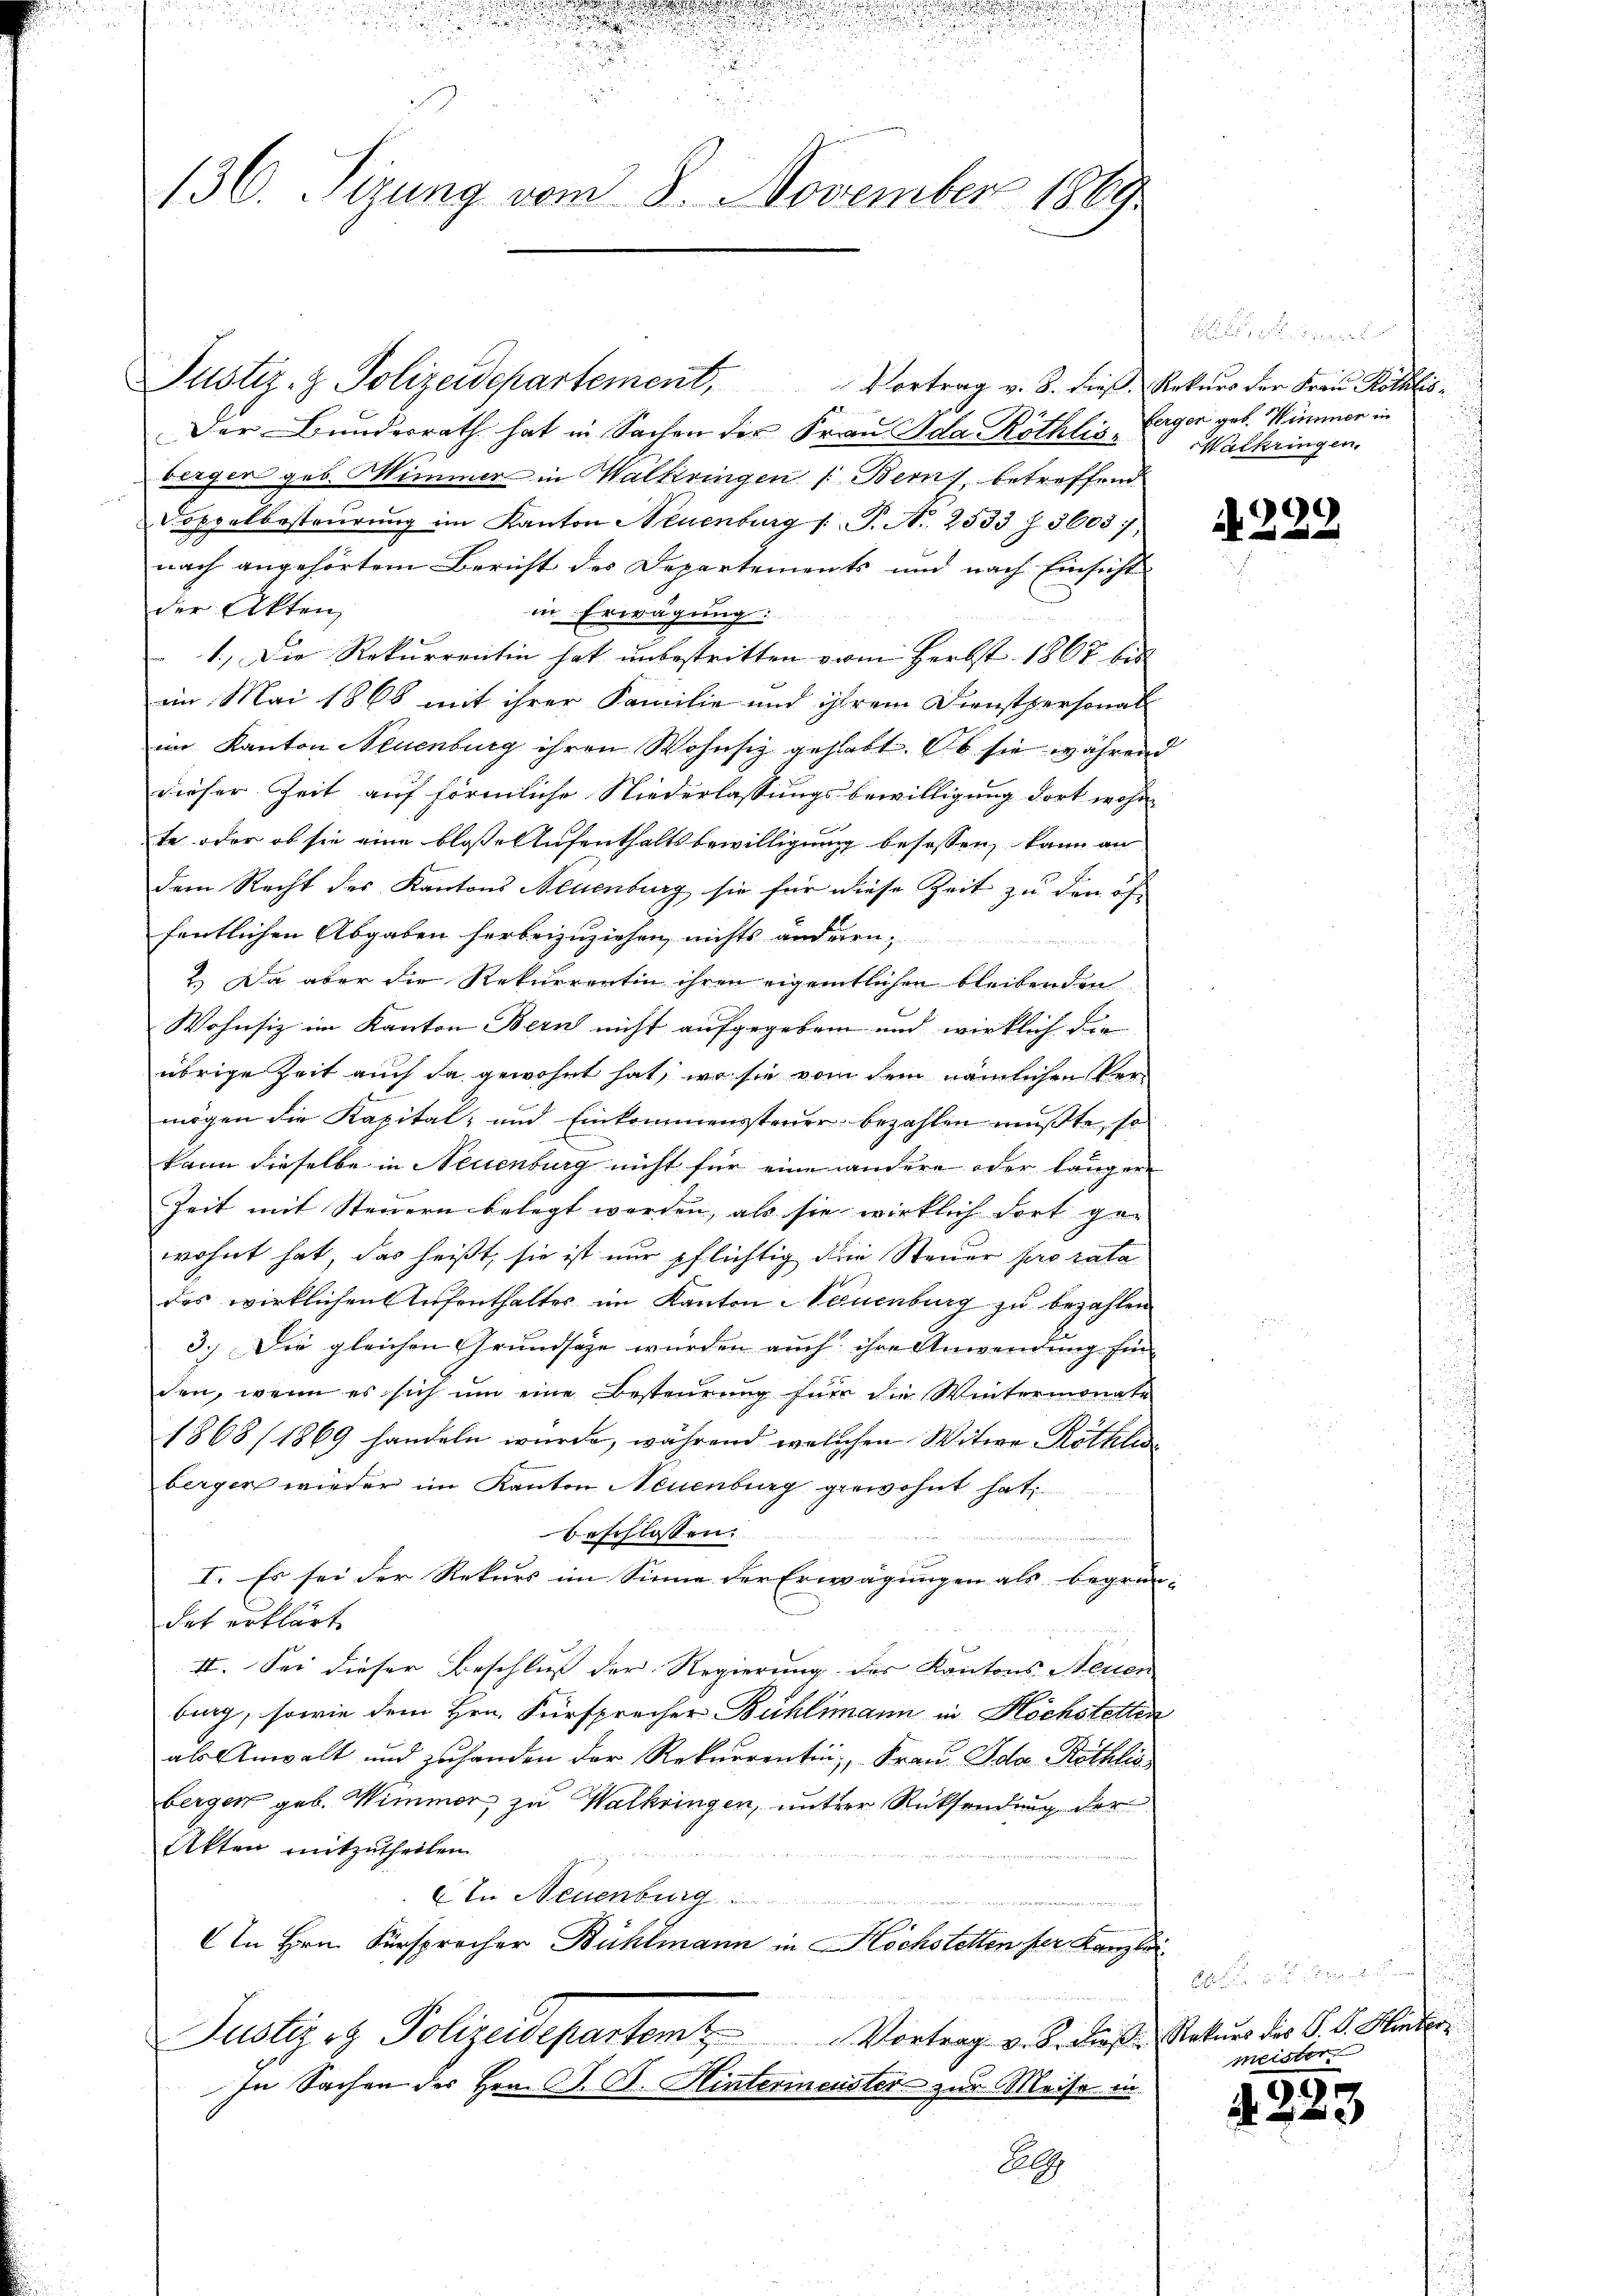
d

.

s
.

136. Sizung vom 8. November 1869

2
Der Bundesrath hat in Sachen der Frau Ada Röthlis Eigen geb. Himmer in
berger geb. Wimmer in Walkringen (Bern, betreffend
Doppelbestaŭrŭng im Kanton Neuenburg /: P. Nr. 2533 f. 5603,
nach angehörtem Bericht des Departements und nach Einsicht
der Akten,
in Erwägung.
1.) Die Rekurrentin hat unbestritten vom Herbst 1867 bis
im Mai 1868 mit ihrer Familie und ihrem Dienstpersonal
im Kanton Neuenburg ihren Wohnsiz gehabt. Ob sie während
dieser Zeit auf förmliche Niederlassungsbewilligung dort wohne
te oder ob sie eine bloße Aufenthaltsbewilligung besassen, kann an
dem Recht des Kantons Neuenburg sie für diese Zeit zu den öf
fentlichen Abgaben herbeizuziehen, nichts anderen
 Da aber die Rekurrentin ihren eigentlichen bleibenden
Wohnsiz im Kanton Bern nicht aufgegeben und wirklich die
übrige Zeit auch da gewohnt hat, wo sie vom dem nämlichen Vermögen die Kapital- und Einkommenssteuer bezahlen mußte, so
kann dieselbe in Neuenburg nicht für eine andere oder längere
Zeit mit Steuern belegt werden, als sie wirklich dort ge-
wohnt hat, das heißt, sie ist nur pflichtig die Steuer pro rata
des wirklichen Aufenthalter im Kanton Neuenburg zu bezahlen
3.) Die gleichen Grundsaze wurden auch ihre Anwendung für
den, wenn es sich um eine Besteurung für die Wintermonate
1868/1869 handeln wurde, während welchen Witwe Röthli
bergen wieder im Kanton Neuenburg gewohnt hat,
beschlossen.
I. Es sei der Rekurs im Sinne der Erwägungen als begründat erklärt
II. Sei dieser Beschluss der Regierung des Kantons Neuen
bung, sowie dem Hrn. Fürsprecher Bühlmann in Höchstellen
als Anwalt und zuhanden der Rekurrentin, Frau Ida Röthlis
bergen geb. Wimmer zu Walkringen, unterer Rücksendung der
Akten mitzutheilen.

In Neuenburg
An Hrn. Fürsprecher Bühlmann in Höchstetten per Kanzlei
Justirt Polizeidepartem Vortrag v. B. diese Rekurs des P. F. Hinter¬
In Sachen des Hrn. P. C. Hintermeister zur Meise in
Al

.

Justiz- & Polizeidepartement, Vortrag v. 8. dieß Rekŭrs der Frau Röthlis¬

eigen de
Walkringen.

N 222

A an den
meister.

50